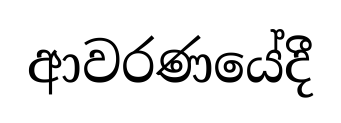
ආවරණයේදී